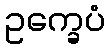
ဥက္ခေပံ